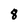
Character: 8